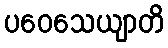
ပဝေသေယျာတိ